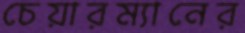
চেয়ারম্যানের